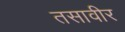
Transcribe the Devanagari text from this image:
तसावीर